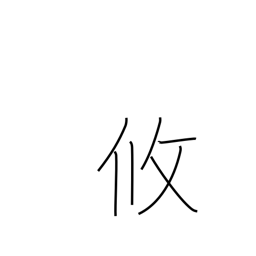
Meaning: relaxed